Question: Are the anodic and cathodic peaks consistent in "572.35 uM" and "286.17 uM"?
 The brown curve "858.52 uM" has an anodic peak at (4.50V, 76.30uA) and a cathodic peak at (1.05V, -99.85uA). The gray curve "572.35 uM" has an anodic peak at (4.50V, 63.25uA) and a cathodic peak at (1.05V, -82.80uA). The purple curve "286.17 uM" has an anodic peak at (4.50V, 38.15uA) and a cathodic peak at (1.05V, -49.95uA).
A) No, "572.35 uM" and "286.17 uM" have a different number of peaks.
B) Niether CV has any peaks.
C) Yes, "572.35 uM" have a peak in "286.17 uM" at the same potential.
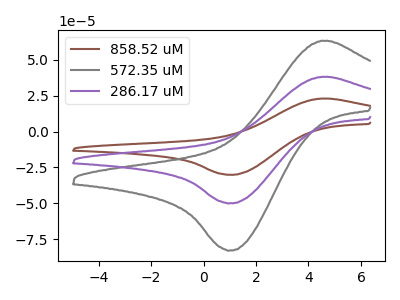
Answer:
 <answer>C) Yes, "572.35 uM" have a peak in "286.17 uM" at the same potential.</answer>
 <eval>C</eval>